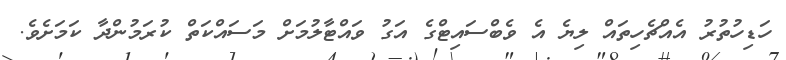
ހަޑިހުތުރު އެއްޗެހިތައް ލިޔެ އެ ވެބްސައިޓްގެ އަގު ވައްޓާލުމަށް މަސައްކަތް ކުރަމުންދާ ކަމަށެވެ.